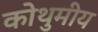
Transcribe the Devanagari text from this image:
कोथुमीय